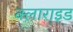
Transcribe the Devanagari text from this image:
क्लाराइड